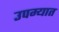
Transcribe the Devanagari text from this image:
उपम्यात